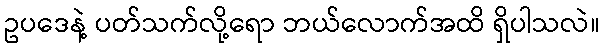
ဥပဒေနဲ့ ပတ်သက်လို့ရော ဘယ်လောက်အထိ ရှိပါသလဲ။